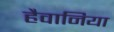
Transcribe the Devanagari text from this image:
हैवानिया